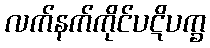
လက်နက်ကိုင်ပဋိပက္ခ